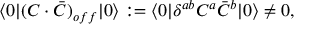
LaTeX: \langle 0 | ( C \cdot \bar { C } ) _ { o f f } | 0 \rangle : = \langle 0 | \delta ^ { a b } C ^ { a } \bar { C } ^ { b } | 0 \rangle \not = 0 ,